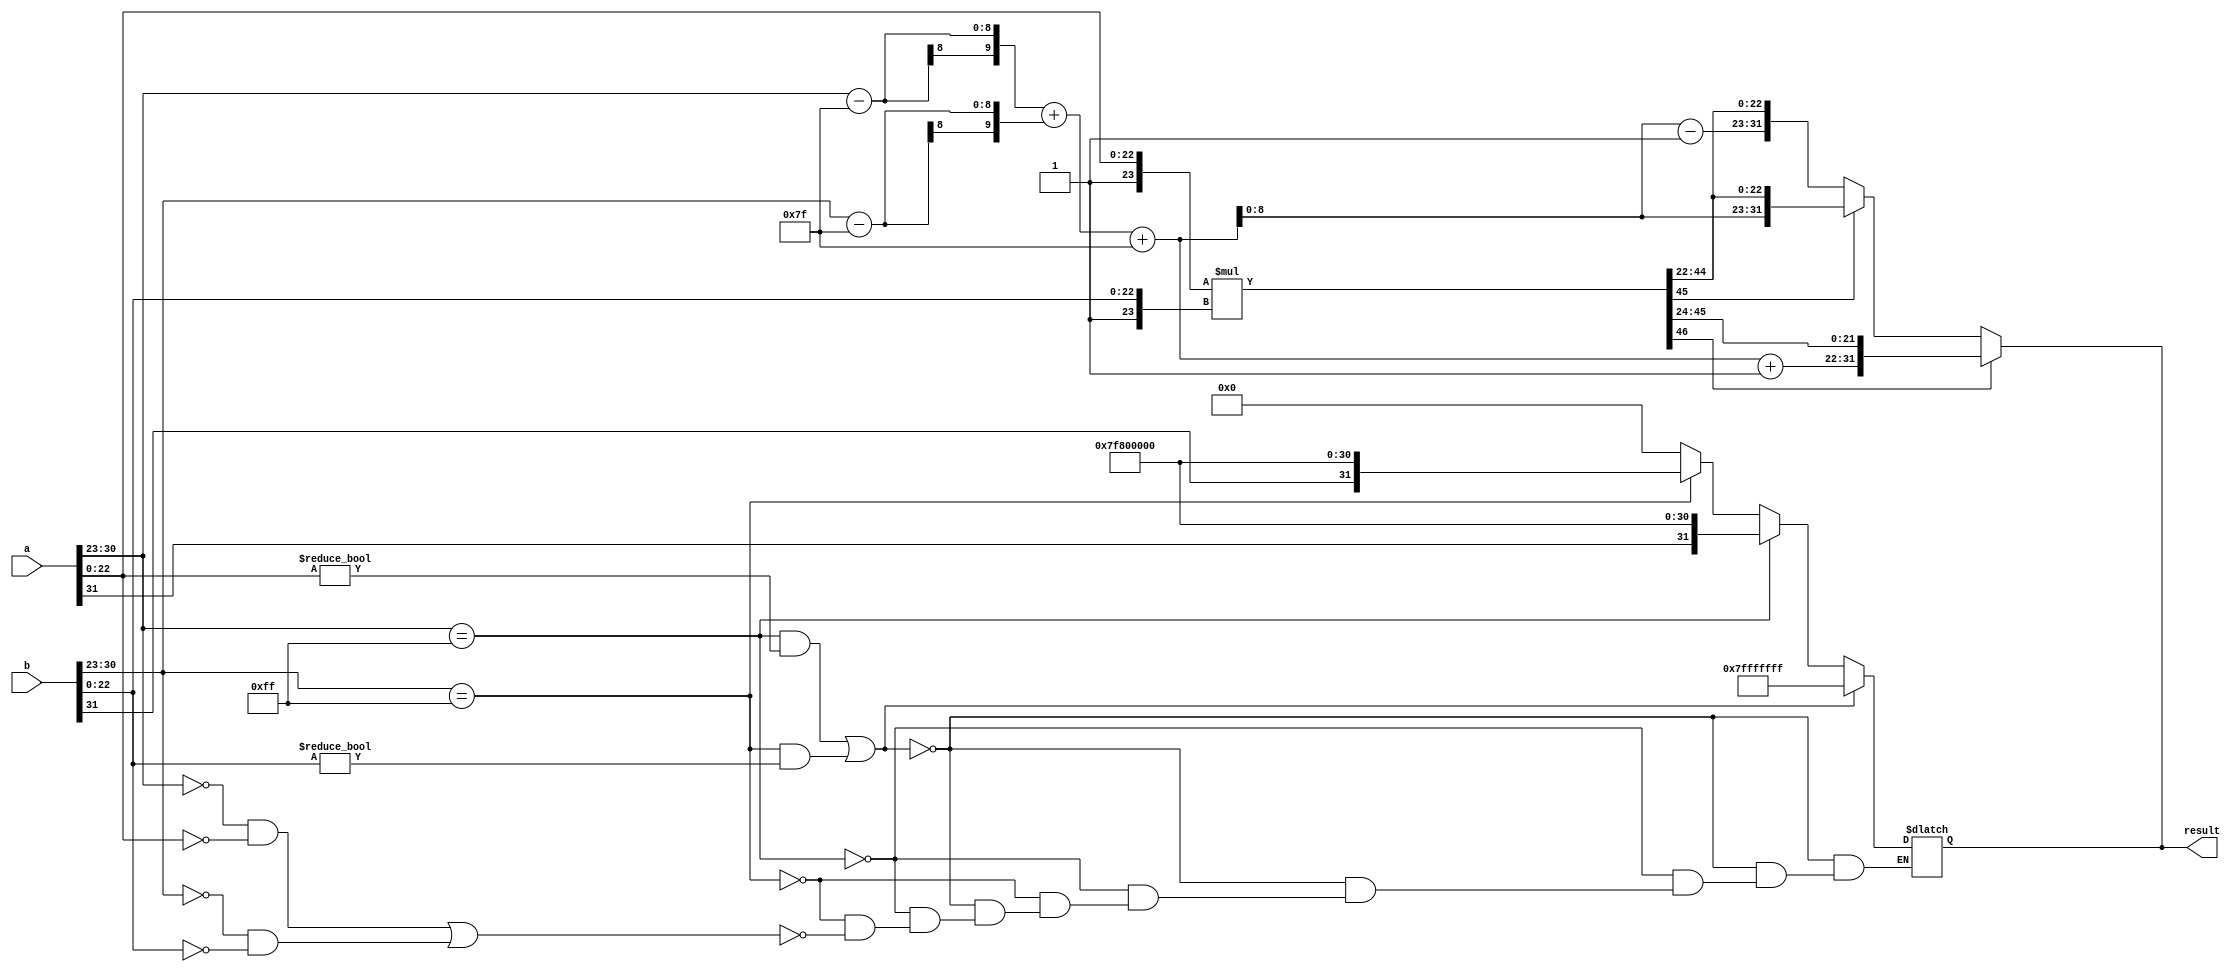
module floating_point_multiplier(
    input [31:0] a, // First floating-point number
    input [31:0] b, // Second floating-point number
    output reg [31:0] result // Resulting floating-point number
);

    // Constants
    parameter BIAS = 127;
    parameter EXPONENT_BITS = 8;
    parameter MANTISSA_BITS = 23;
    
    // Internal signals
    wire S1, S2, S_result;
    wire [EXPONENT_BITS-1:0] E1, E2;
    wire [MANTISSA_BITS-1:0] M1, M2;
    wire [MANTISSA_BITS+1:0] M1_prime, M2_prime; // 24 bits for implicit leading one
    wire [MANTISSA_BITS+MANTISSA_BITS:0] M_result; // 47 bits for mantissa product
    wire [EXPONENT_BITS+1:0] E_result; // 9 bits for exponent result
    
    // Extracting components
    assign S1 = a[31];
    assign E1 = a[30:23];
    assign M1 = a[22:0];
    
    assign S2 = b[31];
    assign E2 = b[30:23];
    assign M2 = b[22:0];
    
    // Sign calculation
    assign S_result = S1 ^ S2;

    // Mantissa calculation (with implicit leading 1)
    assign M1_prime = {1'b1, M1}; // 1.M1
    assign M2_prime = {1'b1, M2}; // 1.M2
    assign M_result = M1_prime * M2_prime; // Multiply mantissas

    // Exponent calculation
    assign E_result = (E1 - BIAS) + (E2 - BIAS) + BIAS; // Adjust exponent

    // Handle normalization
    always @* begin
        if (M_result[MANTISSA_BITS + MANTISSA_BITS] == 1) begin
            // Result is >= 2
            result = {S_result, E_result + 1'b1, M_result[MANTISSA_BITS + MANTISSA_BITS - 1:MANTISSA_BITS + 1]};
        end else if (M_result[MANTISSA_BITS + MANTISSA_BITS - 1] == 0) begin
            // Result is < 1
            result = {S_result, E_result - 1'b1, M_result[MANTISSA_BITS + MANTISSA_BITS - 2:MANTISSA_BITS - 1]};
        end else begin
            // Normal case
            result = {S_result, E_result, M_result[MANTISSA_BITS + MANTISSA_BITS - 2:MANTISSA_BITS - 1]};
        end
    end

    // Handle special cases (zero, NaN, infinity)
    always @* begin
        if ((E1 == 8'b11111111 && M1 != 0) || (E2 == 8'b11111111 && M2 != 0)) begin
            // If either input is NaN, output NaN
            result = 32'b01111111111111111111111111111111; // NaN representation
        end else if (E1 == 8'b11111111) begin
            // If a is infinity
            result = {S1, 8'b11111111, 23'b0};
        end else if (E2 == 8'b11111111) begin
            // If b is infinity
            result = {S2, 8'b11111111, 23'b0};
        end else if (E1 == 0 && M1 == 0 || E2 == 0 && M2 == 0) begin
            // If either input is zero
            result = 32'b0;
        end else begin
            // Normal case handled above
            // No need to assign, it's already assigned in the normalization logic
        end
    end

endmodule